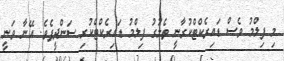
މި ފިލްމު ވެސް ޑައިރެކްޓްކުރާނީ ތެލުގު ފިލްމު ޑައިރެކްޓްކުރި ސަންދީޕެވެ. އޭނާ ވަނީ